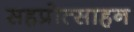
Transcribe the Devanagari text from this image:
सहप्रोत्साहन